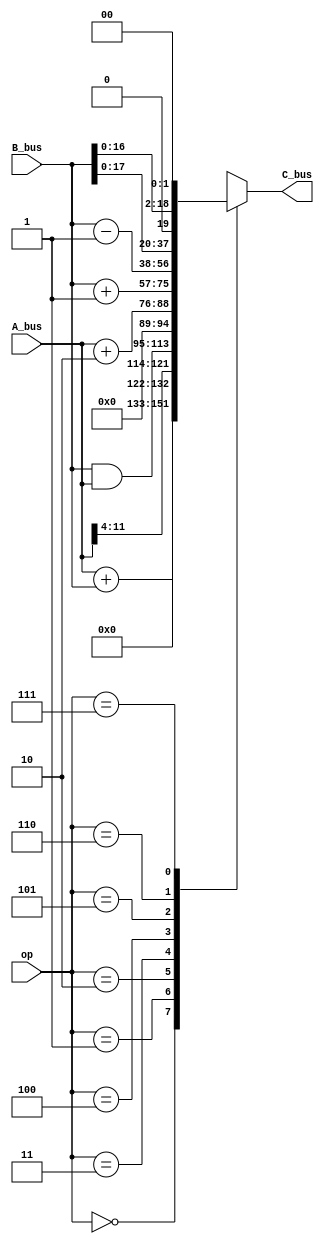
module ALU(A_bus, B_bus, op, C_bus/*, z, z1*/);
	input [11:0] A_bus;
	input [18:0] B_bus;
	input [2:0] op;
	output reg [18:0] C_bus;
	//output reg z = 1'b0;
	//output reg z1 = 1'b1;
	
	parameter ADD = 3'd0,
				 DIV16 = 3'd1,
	          SUB = 3'd2,
	          INC2 = 3'd3,
	          INC1 = 3'd4,
	          DEC1 = 3'd5,
	          MUL2 = 3'd6,
	          MUL4 = 3'd7;
	
	/*always@(C_bus) begin
		z = (C_bus == 19'b0) ? 1'b1 : 1'b0;
		z1 = ((C_bus == 19'b0) || (C_bus == 19'b1)) ? 1'b0 : 1'b1;
	end*/
	
	always@(op or A_bus or B_bus)
		begin
			case(op)
				 ADD: 
					begin
						C_bus = {7'b0, A_bus} + B_bus;//should be + not &&
					end
						
				 DIV16:
					begin
						C_bus = {7'b0, A_bus} >> 4;
					end
					
				 SUB: 
					begin
						C_bus = B_bus & {7'b0, A_bus};//should be - not &&
					end
						
				 INC2:
					begin
						C_bus = {7'b0, A_bus} + 19'd2;
					end
					
				 INC1:
					begin
						C_bus = B_bus + 19'd1;
					end
				 
				 DEC1: 
					begin
						C_bus = B_bus - 19'd1;
					end
					
				 MUL2:
					begin
						C_bus = B_bus << 1;
					end
				 
				 MUL4:
					begin
						C_bus = B_bus << 2;
					end			
				endcase
			end		
endmodule